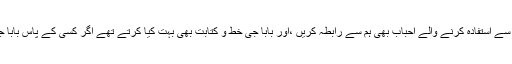
اور بابا جی کے شاگردوں کا حلقہ بہت وسیع تھا ان سے استفادہ کرنے والے احباب بھی ہم سے رابطہ کریں ،اور بابا جی خط و کتابت بھی بہت کیا کرتے تھے اگر کسی کے پاس بابا جی کا کوئی خط ہو تو وہ ہمیں ضرور ارسال کرے ۔